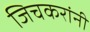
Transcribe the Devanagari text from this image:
जिचकरांनी